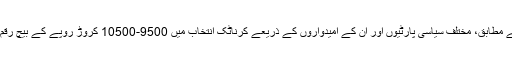
سی ایم ایس کے مطابق، مختلف سیاسی پارٹیوں اور ان کے امیدواروں کے ذریعے کرناٹک انتخاب میں 9500-10500 کروڑ روپے کے بیچ رقم خرچ کی گئی۔